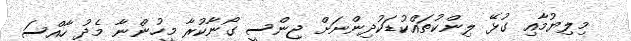
މިލިޔުމާއި ގުޅޭ ލިންކުތައްކުޑަކުދިންނަށް ޖިންސީ ގޯނާކުރާ މީހުންނާ މެދު ހާއްސަ